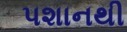
પશાનથી